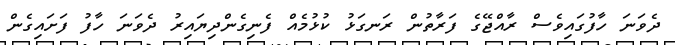
ދެވަނަ ހާފުގައިވެސް ރާއްޖޭގެ ފަރާތުން ރަނގަޅު ކުޅުމެއް ފެނިގެންދިޔައިރު ދެވަނަ ހާފު ފަށައިގެން